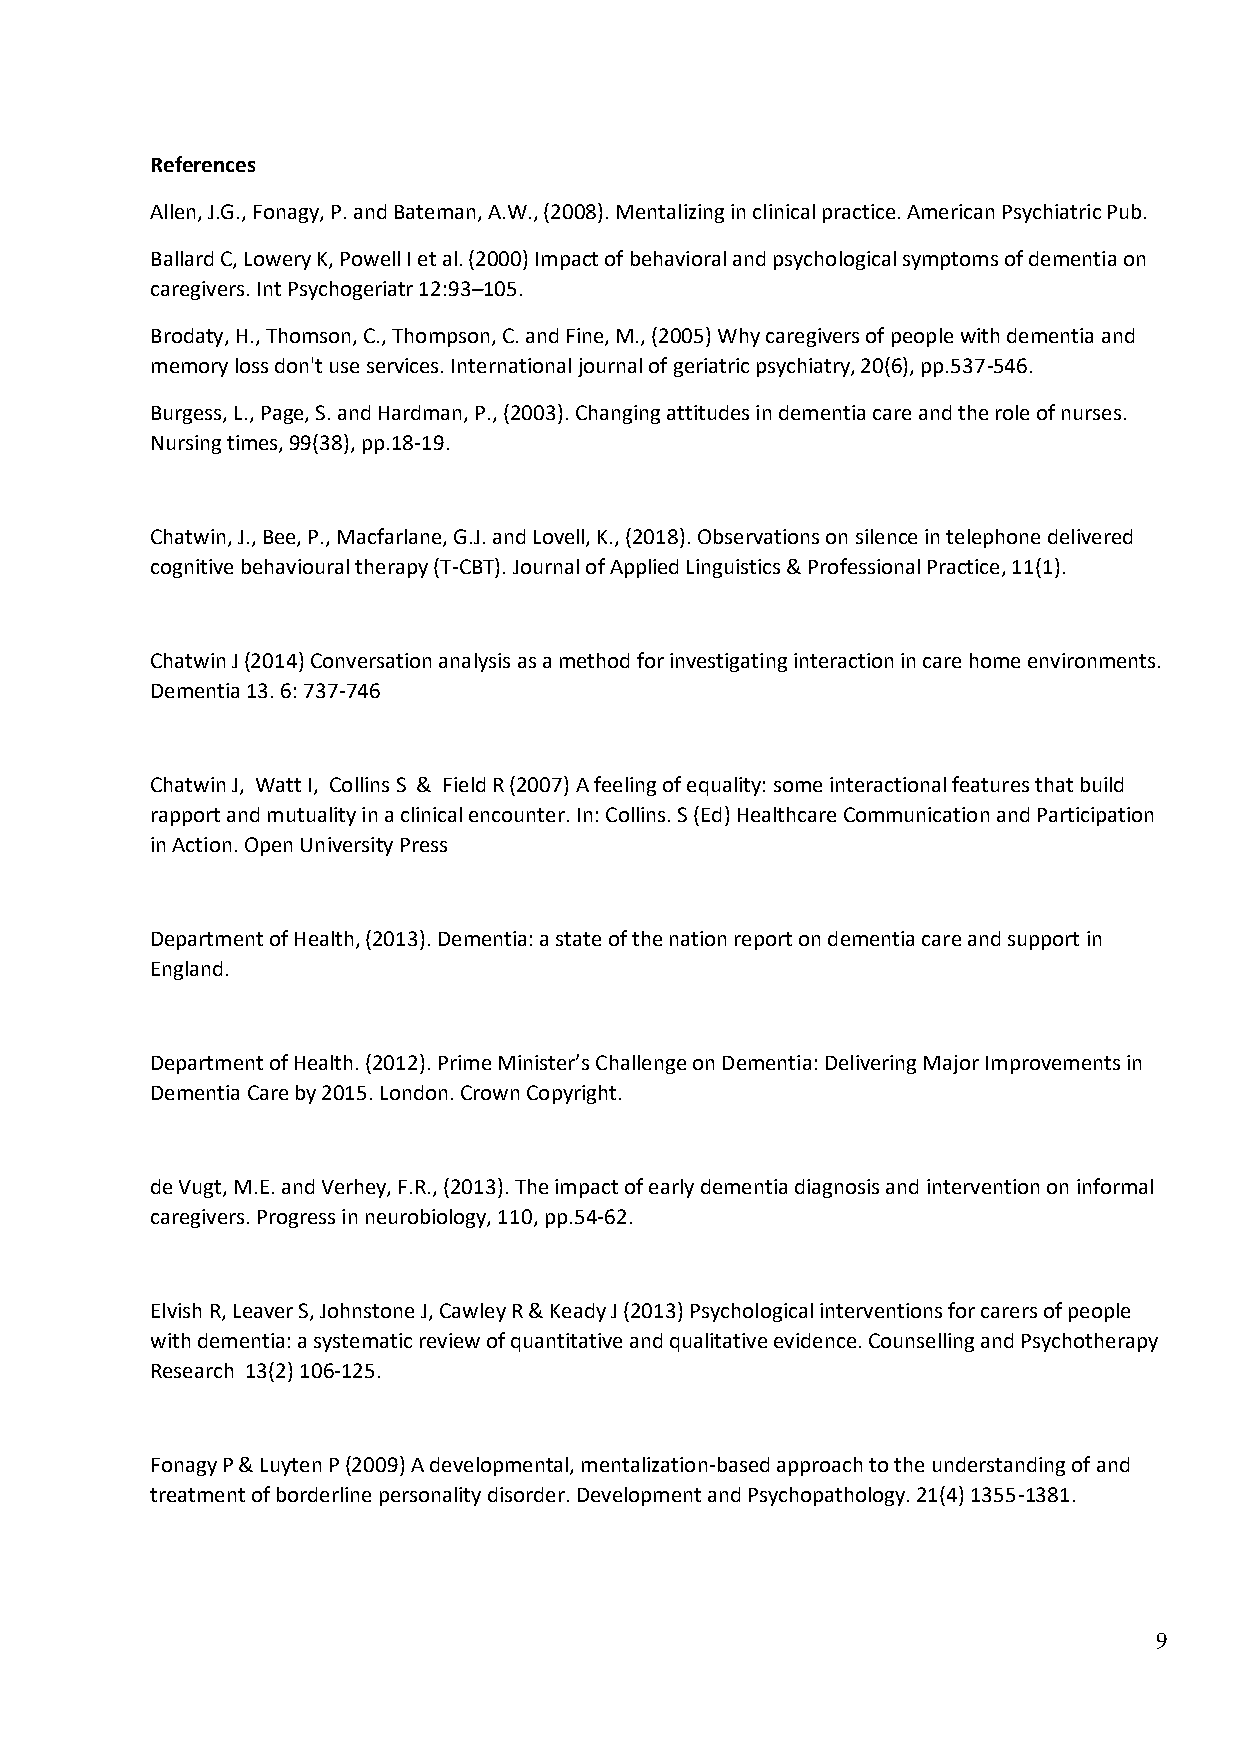
References
 Allen, J.G., Fonagy, P. and Bateman, A.W., (2008). Mentalizing in clinical practice. American Psychiatric Pub.
 Ballard C, Lowery K, Powell I et al. (2000) Impact of behavioral and psychological symptoms of dementia on
 caregivers. Int Psychogeriatr 12:93–105.
 Brodaty, H., Thomson, C., Thompson, C. and Fine, M., (2005) Why caregivers of people with dementia and
 memory loss don't use services. International journal of geriatric psychiatry, 20(6), pp.537-546.
 Burgess, L., Page, S. and Hardman, P., (2003). Changing attitudes in dementia care and the role of nurses.
 Nursing times, 99(38), pp.18-19.
 Chatwin, J., Bee, P., Macfarlane, G.J. and Lovell, K., (2018). Observations on silence in telephone delivered
 cognitive behavioural therapy (T-CBT). Journal of Applied Linguistics & Professional Practice, 11(1).
 Chatwin J (2014) Conversation analysis as a method for investigating interaction in care home environments.
 Dementia 13. 6: 737-746
 Chatwin J, Watt I, Collins S & Field R (2007) A feeling of equality: some interactional features that build
 rapport and mutuality in a clinical encounter. In: Collins. S (Ed) Healthcare Communication and Participation
 in Action. Open University Press
 Department of Health, (2013). Dementia: a state of the nation report on dementia care and support in
 England.
 Department of Health. (2012). Prime Minister’s Challenge on Dementia: Delivering Major Improvements in
 Dementia Care by 2015. London. Crown Copyright.
 de Vugt, M.E. and Verhey, F.R., (2013). The impact of early dementia diagnosis and intervention on informal
 caregivers. Progress in neurobiology, 110, pp.54-62.
 Elvish R, Leaver S, Johnstone J, Cawley R & Keady J (2013) Psychological interventions for carers of people
 with dementia: a systematic review of quantitative and qualitative evidence. Counselling and Psychotherapy
 Research 13(2) 106-125.
 Fonagy P & Luyten P (2009) A developmental, mentalization-based approach to the understanding of and
 treatment of borderline personality disorder. Development and Psychopathology. 21(4) 1355-1381.
 9